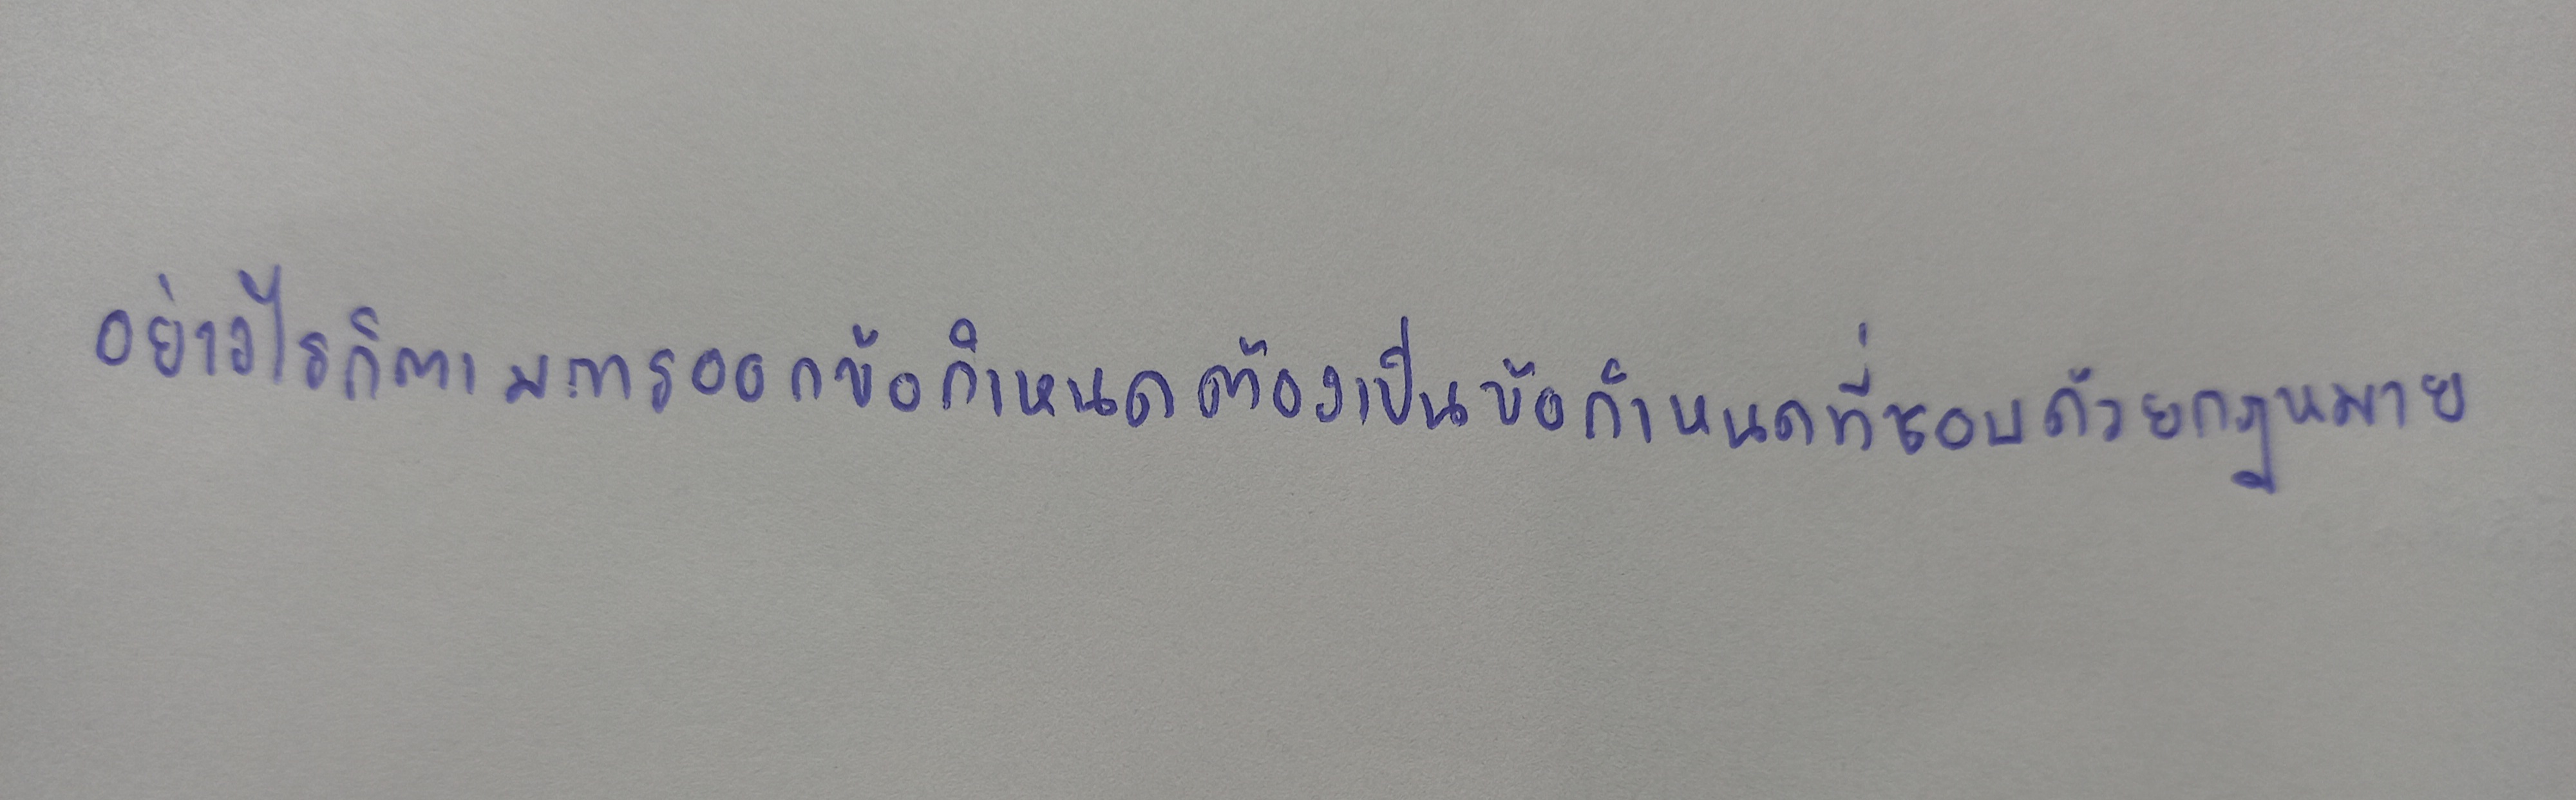
อย่างไรก็ตามการออกข้อกำหนดต้องเป็นข้อกำหนดที่ชอบด้วยกฎหมาย